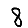
Digit: 8